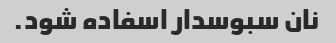
نان سبوسدار اسفاده شود.